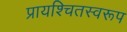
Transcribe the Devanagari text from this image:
प्रायश्चितस्वरूप